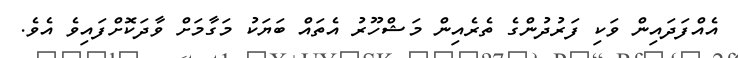
އެއްފަދައިން ވަކި ފަރުދުންގެ ތެރެއިން މަޝްހޫރު އެތައް ބަޔަކު މަގާމަށް ވާދަކޮށްފައިވެ އެވެ.